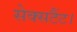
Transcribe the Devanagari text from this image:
सेक्सटैंट।